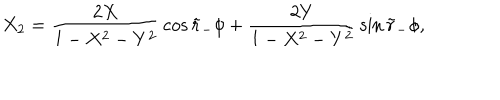
X _ { 2 } = { \frac { 2 X } { 1 - X ^ { 2 } - Y ^ { 2 } } } \cos \tilde { r } _ { - } \phi + { \frac { 2 Y } { 1 - X ^ { 2 } - Y ^ { 2 } } } \sin \tilde { r } _ { - } \phi ,